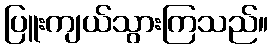
ပြူးကျယ်သွားကြသည်။